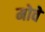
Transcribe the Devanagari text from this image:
मोवे